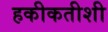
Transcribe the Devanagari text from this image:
हकीकतीशी